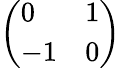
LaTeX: \left(\begin{array}{ll}{0}&{1}\\ {-1}&{0}\end{array}\right)